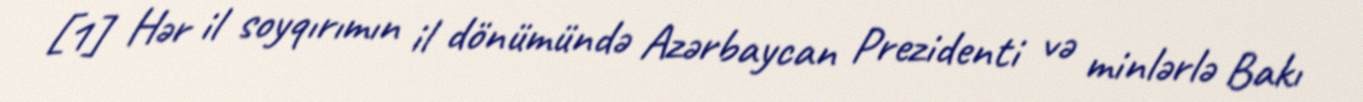
[1] Hər il soyqırımın il dönümündə Azərbaycan Prezidenti və minlərlə Bakı